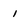
Character: 1